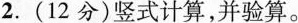
2.(12分)竖式计算，并验算。